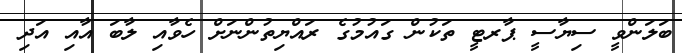
ބަލަންވީ ސިޔާސީ ޕާރޓީ ތަކުން ގައުމުގެ ރައްްޔިތުންނަށް ހެވާއި ލާބަ އާއި އަދި